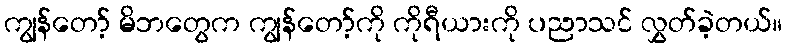
ကျွန်တော့် မိဘတွေက ကျွန်တော့်ကို ကိုရီယားကို ပညာသင် လွှတ်ခဲ့တယ်။